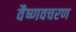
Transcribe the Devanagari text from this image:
वैष्णवचरण